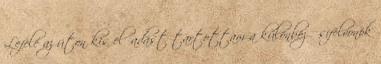
Lefelé az úton kis előadást tartottam a különböző sífelvonók